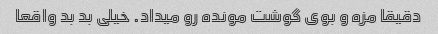
دقیقا مزه و بوی گوشت مونده رو میداد. خیلی بد بد واقعا